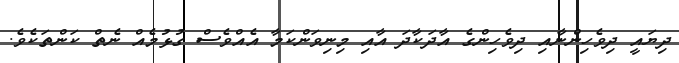
ދިޔައީ ދިވެހިންނާއި ދިވެހިންގެ އާދަކާދަ އާއި މިނިވަންކަމާ އެއްވެސް ގުޅުމެއް ނެތް ކަންތަކެވެ.